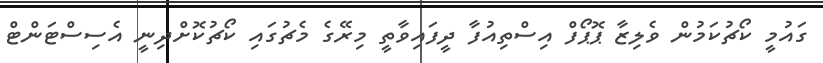
ގައުމީ ކޯޗުކަމުން ވެލިޒާ ޕޮޕޯފް އިސްތިއުފާ ދީފައިވާތީ މިރޭގެ މެޗުގައި ކޯޗުކޮށްދިނީ އެސިސްޓަންޓް